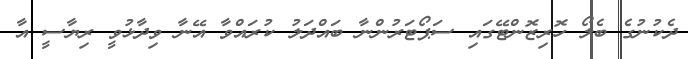
ދެކުނުގެ ބެލޯ ހޮރިޒޮންޓޭގައި ސަޕޯޓަރުންނާ ބައްދަލު ކުރައްވާ އޭނާ ވިދާޅުވީ ރިޔާސީ އާ